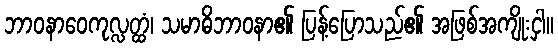
ဘာဝနာဝေကုလ္လတ္ထံ၊ သမာဓိဘာဝနာ၏ ပြန့်ပြောသည်၏ အဖြစ်အကျိုးငှါ။